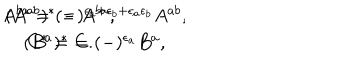
LaTeX: \begin{array} { c } { { A ^ { b a } = ( - ) ^ { \epsilon _ { a } + \epsilon _ { b } + \epsilon _ { a } \epsilon _ { b } } A ^ { a b } , \hspace { 3 m m } ( A ^ { a b } ) ^ { * } = A ^ { b a } , } } \\ { { ( B ^ { a } ) ^ { * } = ( - ) ^ { \epsilon _ { a } } B ^ { a } , \hspace { 3 m m } C ^ { * } = C . } } \\ \end{array}